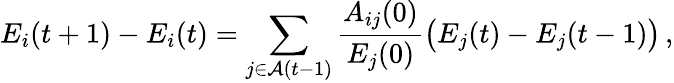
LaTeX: E_{i}(t+1)-E_{i}(t)=\sum_{j\in\mathcal{A}(t-1)}\frac{A_{ij}(0)}{E_{j}(0)}\big(E_{j}(t)-E_{j}(t-1)\big)\, ,